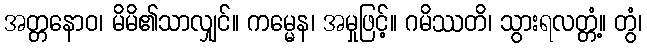
အတ္တနောဝ၊ မိမိ၏သာလျှင်။ ကမ္မေန၊ အမှုဖြင့်။ ဂမိဿတိ၊ သွားရလတ္တံ့။ တွံ၊